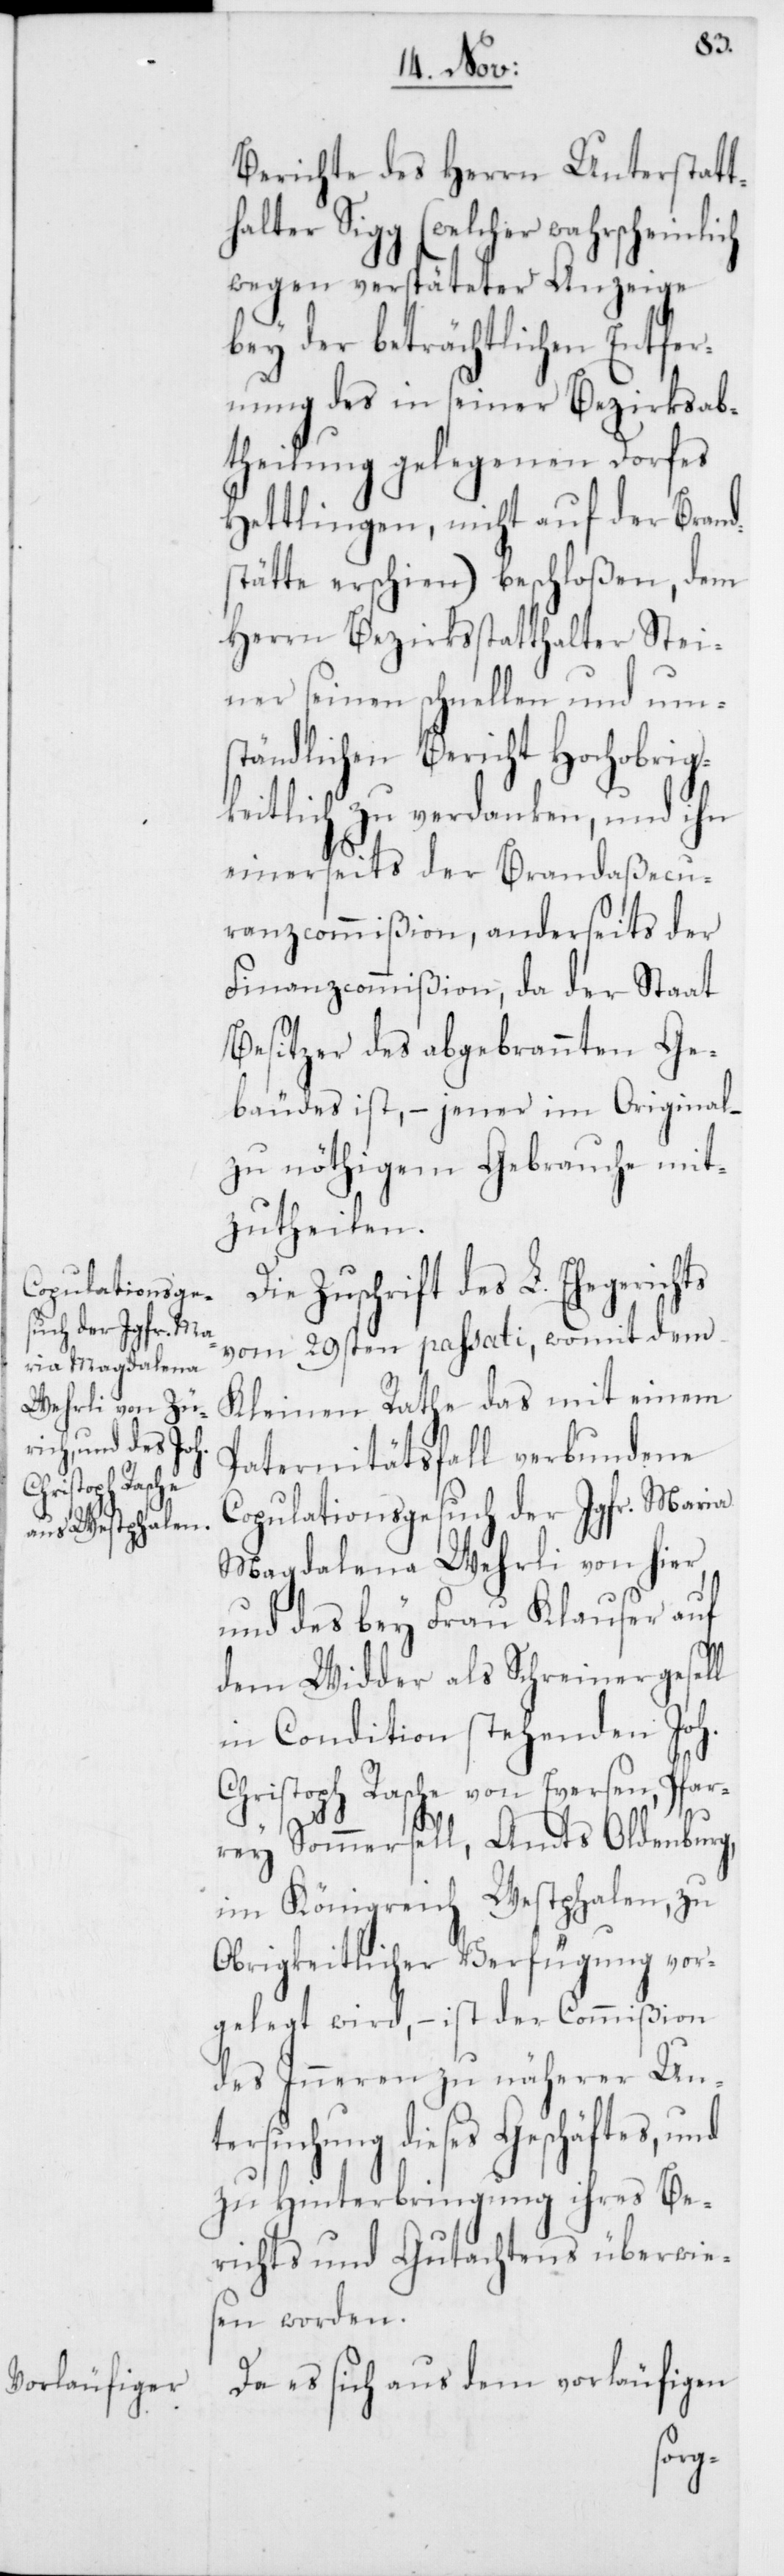
ts

Berichte des Herrn Unterstatt¬
ter Sigg (welcher wahrscheinlich
wegen verspäteter Anzeige
bey der beträchtlichen Entfer¬
nung des in seiner Bezirksab¬
theilung gelegenen Dorfes
Hettlingen, nicht auf der Brand¬
stätte erschien) beschloßen, dem
Herrn Bezirksstatthalter Stei¬
ner seinen schnellen und um¬
ständlichen Bericht Hochobrig¬
keitlich zu verdanken, und ihn
einerseits der Brandaßecu¬
ranzcommißion, anderseits der
Finanzcommißion, da der Staat
Besitzer des abgebrannten Ge¬
bäudes ist, – jener im Original –
zu nöthigem Gebrauche mit¬
zutheilen.
Zuschrift des L. Ehegerich¬
vom 29sten passati, womit dem
Kleinen Rathe das mit einem
Paternitätsfall verbundene
Copulationsgesuch der Jgfr. Maria
Magdalena Wehrli von hier,
und des bey Frau Klauser auf
dem Widder als Schreinergesell
in Condition stehenden Joh.
Christoph Rasche von Eversen, Pfar¬
rey Sommersell, Amts Oldenburg,
im Königreich Westphalen, zu
Obrigkeitlicher Verfügung vor¬
gelegt wird, – ist der Commißion
des Inneren zu näherer Un¬
tersuchung dieses Geschäftes, und
zu Hinterbringung ihres Be¬
richts und Gutachtens überwies¬
en worden.
Da es sich aus dem vorläufigen
hal¬